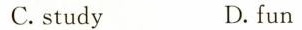
C.study D.fun